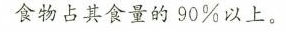
食物占其食量的90%以上。